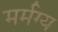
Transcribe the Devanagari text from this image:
मर्मग्य